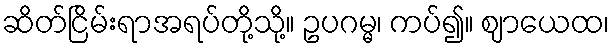
ဆိတ်ငြိမ်းရာအရပ်တို့သို့။ ဥပဂမ္မ၊ ကပ်၍။ ဈာယေထ၊